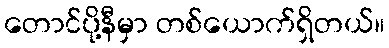
တောင်ပို့နီမှာ တစ်ယောက်ရှိတယ်။